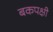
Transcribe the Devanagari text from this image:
बकपक्षी